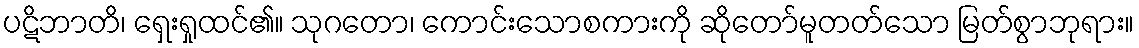
ပဋိဘာတိ၊ ရှေးရှုထင်၏။ သုဂတော၊ ကောင်းသောစကားကို ဆိုတော်မူတတ်သော မြတ်စွာဘုရား။